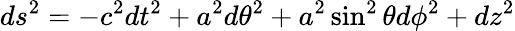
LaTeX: ds^{2}=-c^{2}dt^{2}+a^{2}d\theta^{2}+a^{2}\sin^{2}\theta d\phi^{2}+dz^{2}